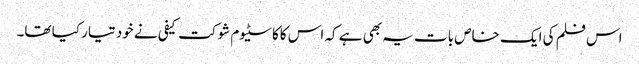
اس فلم کی ایک خاص بات یہ بھی ہے کہ اس کاکاسٹیوم شوکت کیفی نے خود تیار کیا تھا۔